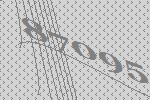
87095